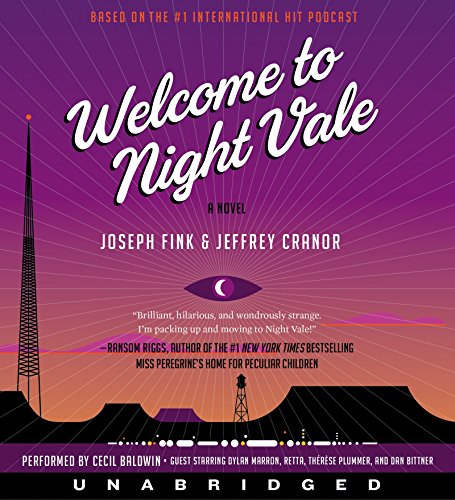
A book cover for Welcome to Night Vale CD: A Novel; Joseph Fink; Literature & Fiction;